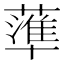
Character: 𱾫